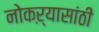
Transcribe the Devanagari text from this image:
नोकऱ्यासांठी